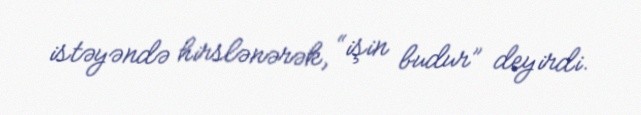
istəyəndə hirslənərək, “işin budur” deyirdi.